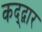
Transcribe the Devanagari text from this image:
कद्द्वार